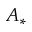
A _ { * }